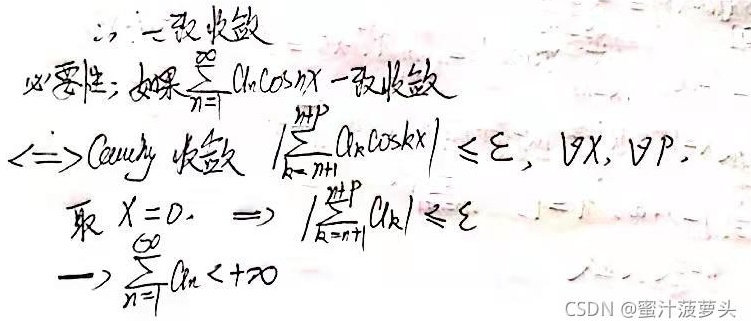
\(\therefore\) 一致收敛必要性：如果\(\sum_{n = 1}^{\infty}a_{n}\cos nx\)一致收敛\(\Leftrightarrow\) Cauchy收敛。\(\left|\sum_{k = n+1}^{n + p}a_{k}\cos kx\right|\leq\varepsilon,\forall x,\forall p\)，取\(x = 0\)，\(\Rightarrow\left|\sum_{k = n + 1}^{n + p}a_{k}\right|\leq\varepsilon\)，\(\Rightarrow\sum_{n = 1}^{\infty}|a_{n}|<+\infty\)